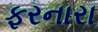
ફરનારા